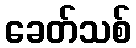
ခေတ်သစ်